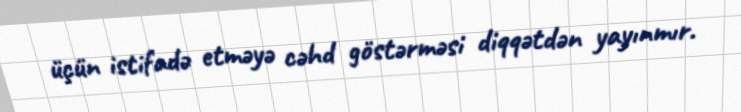
üçün istifadə etməyə cəhd göstərməsi diqqətdən yayınmır.